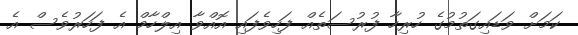
ކަމަށް ވަޑައިގަތުމުގެ ހުރިހާ ފުރުސަތެއް ފަހިވެފައި އޮއްވާ އިލްހާމް އެ ފަހަރުވެސް އެ